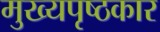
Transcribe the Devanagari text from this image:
मुख्यपृष्ठकार